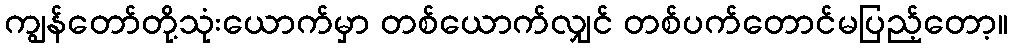
ကျွန်တော်တို့သုံးယောက်မှာ တစ်ယောက်လျှင် တစ်ပက်တောင်မပြည့်တော့။